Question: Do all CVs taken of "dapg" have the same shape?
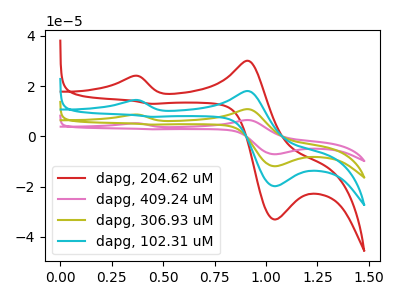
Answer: <think>The red curve "dapg, 204.62 uM" has anodic peaks at (0.35V, 24.00uA) (0.90V, 30.05uA) and cathodic peaks at (1.05V, -33.10uA) (0.45V, 12.95uA). The pink curve "dapg, 409.24 uM" has anodic peaks at (0.35V, 43.20uA) (0.90V, 54.05uA) and cathodic peaks at (1.05V, -59.55uA) (0.45V, 23.30uA). The olive curve "dapg, 306.93 uM" has anodic peaks at (0.35V, 28.80uA) (0.90V, 36.05uA) and cathodic peaks at (1.05V, -39.70uA) (0.45V, 15.50uA). The cyan curve "dapg, 102.31 uM" has anodic peaks at (0.35V, 14.40uA) (0.90V, 18.00uA) and cathodic peaks at (1.05V, -19.85uA) (0.45V, 7.75uA).
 All the peaks in "dapg, 204.62 uM" have a peak in "dapg, 409.24 uM" at the same potential. All the peaks in "dapg, 204.62 uM" have a peak in "dapg, 306.93 uM" at the same potential. All the peaks in "dapg, 204.62 uM" have a peak in "dapg, 102.31 uM" at the same potential. All the peaks in "dapg, 409.24 uM" have a peak in "dapg, 306.93 uM" at the same potential. All the peaks in "dapg, 409.24 uM" have a peak in "dapg, 102.31 uM" at the same potential. All the peaks in "dapg, 306.93 uM" have a peak in "dapg, 102.31 uM" at the same potential.</think>
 <answer>All the CV's of "dapg" have similar shape.</answer>
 <eval>follow_rule</eval>